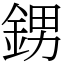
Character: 𨦻